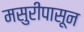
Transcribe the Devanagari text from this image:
मसुरीपासून